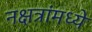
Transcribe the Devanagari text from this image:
नक्षत्रांमध्ये